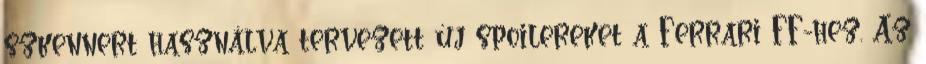
szkennert használva tervezett új spoilereket a Ferrari FF-hez. Az